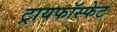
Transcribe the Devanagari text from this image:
ट्रायफॉस्फेट